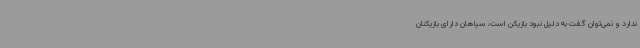
ندارد و نمی‌توان گفت به دلیل نبود بازیکن است، سپاهان دارای بازیکنان